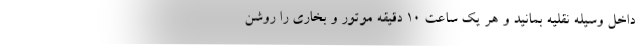
داخل وسیله نقلیه بمانید و هر یک ساعت ۱۰ دقیقه موتور و بخاری را روشن